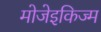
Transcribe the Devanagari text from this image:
मोजेइकिज्म